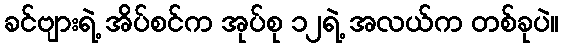
ခင်ဗျားရဲ့ အိပ်စင်က အုပ်စု ၁၂ရဲ့ အလယ်က တစ်ခုပဲ။